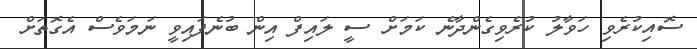
ސޮއިކުރެވި ހަވާލު ކުރެވިގެންދާނެ ކަމަށް ސީ ލައިފް އިން ބުނެފައިވީ ނަމަވެސް އެގޮތަށް